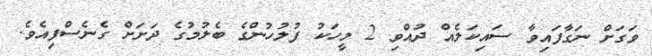
ވަގަށް ނަގާފައިވާ ސައިކަލެއް ދުއްވި 2 މީހަކު ފުލުހުންގެ ބެލުމުގެ ދަށަށް ގެނެސްފިއެވެ.